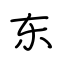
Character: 东